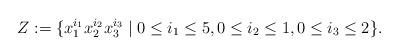
LaTeX: \begin{align*}Z:=\{x_1^{i_1}x_2^{i_2}x_3^{i_3}\mid0\leq i_1\leq 5, 0\leq i_2\leq 1, 0\leq i_3\leq 2\}.\end{align*}